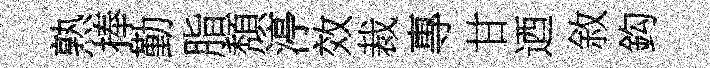
熟捧勤脂頽渟效裁專甘迺敘鈎